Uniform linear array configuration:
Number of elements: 12
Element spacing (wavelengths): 0.75
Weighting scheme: cosine
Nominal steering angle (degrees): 0
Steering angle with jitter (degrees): -1.387
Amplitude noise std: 0.05
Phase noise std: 0.05

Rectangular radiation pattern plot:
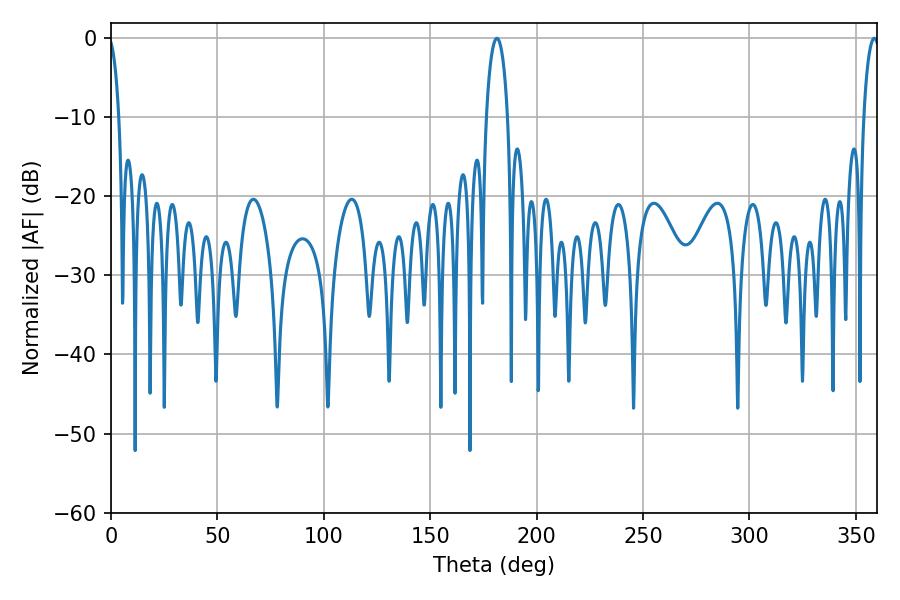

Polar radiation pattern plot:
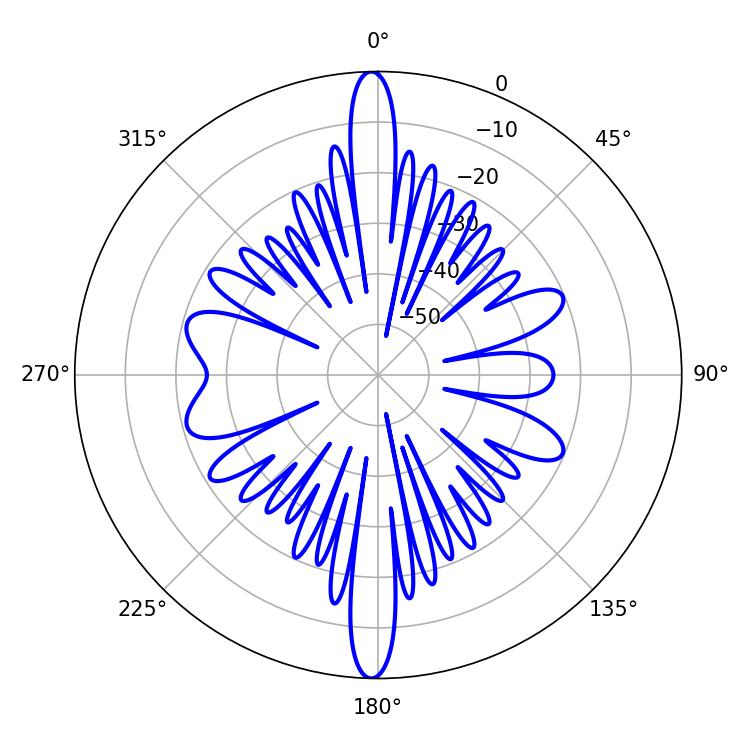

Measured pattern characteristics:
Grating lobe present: TRUE
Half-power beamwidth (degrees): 5.58
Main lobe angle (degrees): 181.26